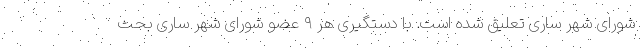
شورای شهر ساری تعلیق شده است. با دستگیری هر ۹ عضو شورای شهر ساری بحث